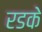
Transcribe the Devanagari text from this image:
रडके